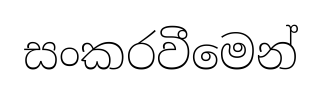
සංකරවීමෙන්